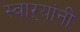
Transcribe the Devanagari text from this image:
स्वाऱ्यांनी